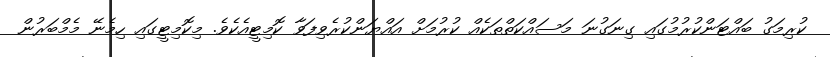
ކުރިމަގު ބައްޓަންކުރުމުގައި ގިނަގުނަ މަސައްކަތްތަކެއް ކުރުމަށް އައްޔަންކުރެވިފަވާ ކޮމިޓީއެކެވެ. މިކޮމިޓީގައި ހިމެނޭ މެމްބަރުން